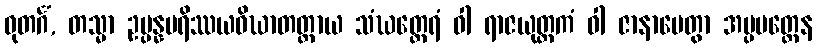
ဓုတင်္ဂံ, တသ္မာ ဥပ္ပန္နပရိဿယဝိဃာတတ္ထာယ သံဃတ္ထေရံ ဝါ ရာဇယုတ္တကံ ဝါ ဇာနာပေတွာ အပ္ပမတ္တေန